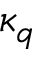
\kappa _ { q }